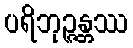
ပရိဘုဉ္ဇန္တဿ